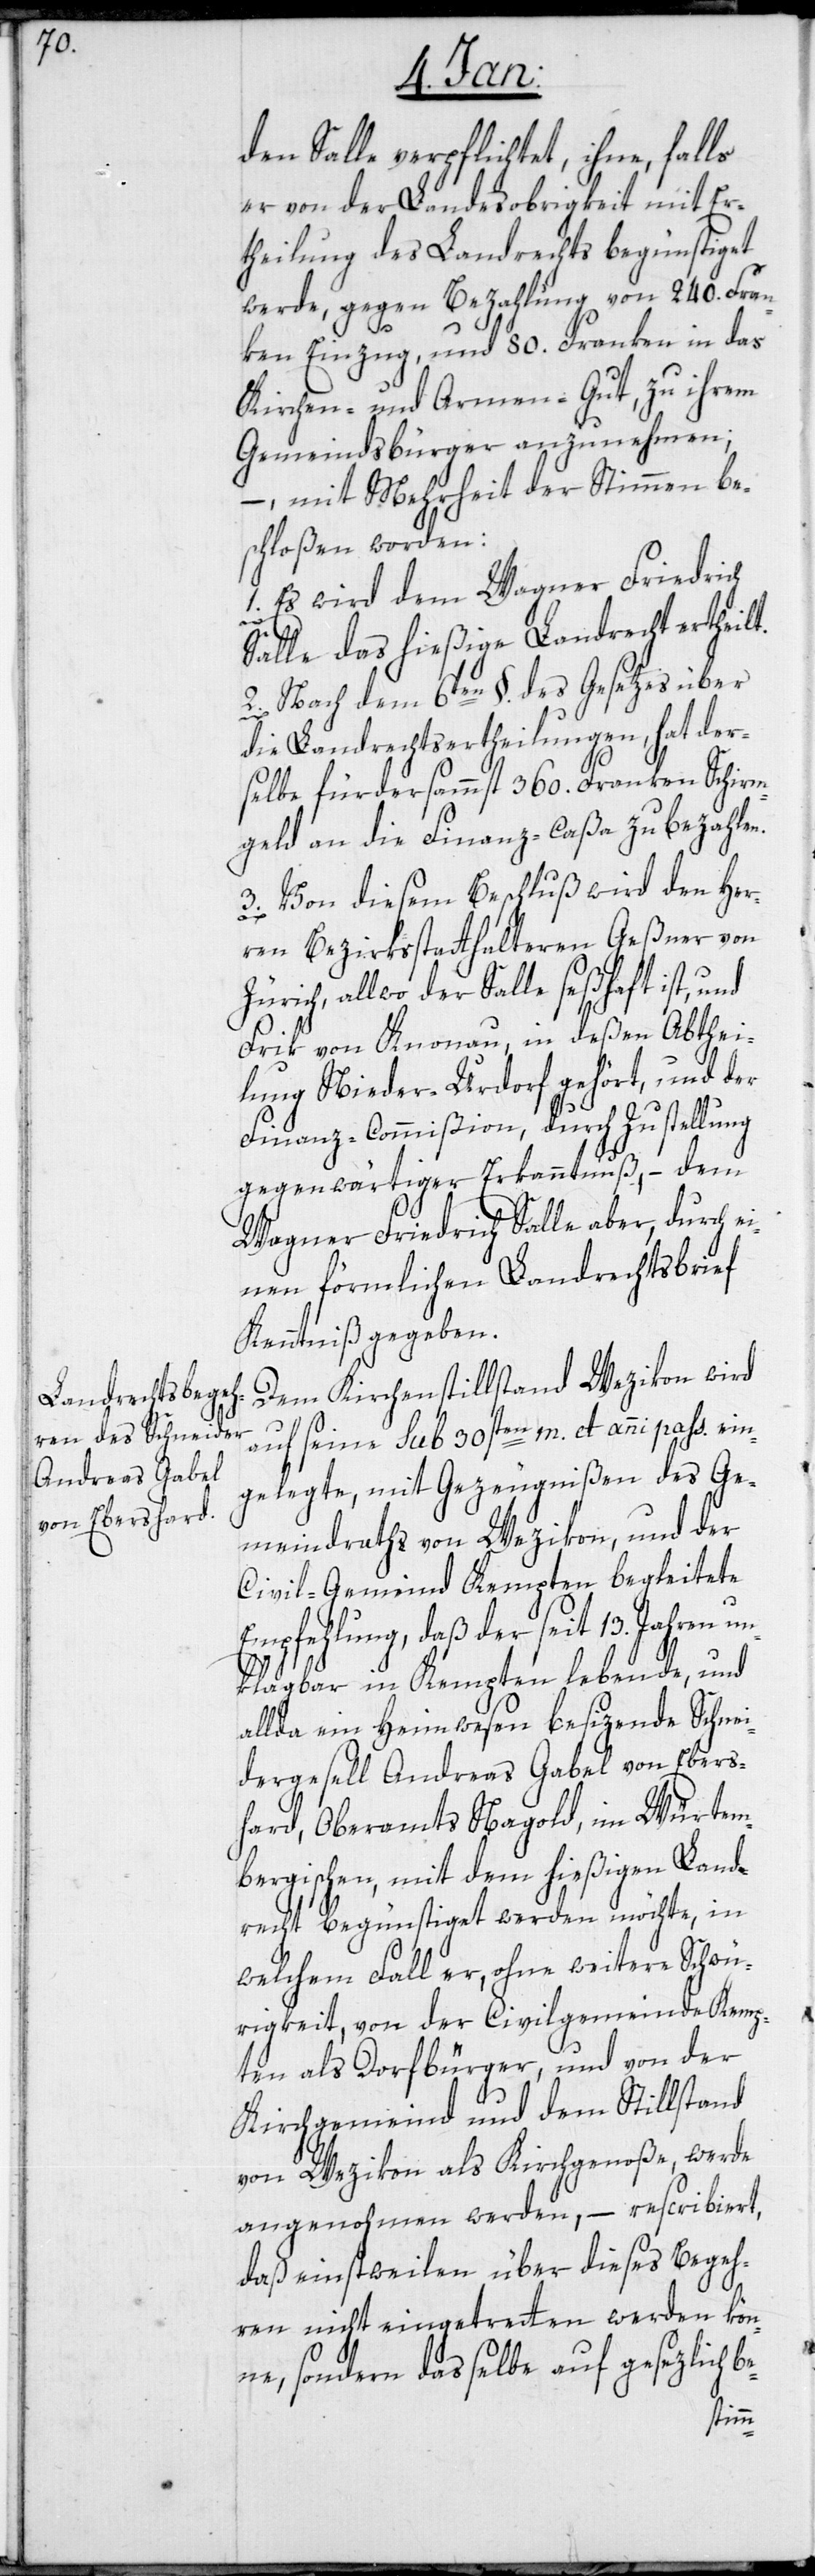
den Salle verpflichtet, ihne, falls
er von der Landesobrigkeit mit Er¬
theilung des Landrechts begünstiget
werde, gegen Bezahlung von 240. Fran¬
ken Einzug, und 80. Franken in das
Kirchen- und Armen-Gut, zu ihrem
Gemeindsbürger anzunehmen;
– mit Mehrheit der Stimmen be¬
schloßen worden:
1) Es wird dem Wagner Friedrich
Salle das hießige Landrecht ertheilt.
2) Nach dem 6ten §. des Gesetzes über
die Landrechtsertheilungen, hat der¬
selbe fürdersammst 360. Franken Schirm¬
geld an die Finanz-Caßa zu bezahlen.
3) Von diesem Beschluß wird den Her¬
ren Bezirksstatthalteren Geßner von
Zürich, allwo der Salle seßhaft ist, und
Frik von Knonau, in deßen Abthei¬
lung Nieder-Urdorf gehört, und der
Finanz-Commißion, durch Zustellung
gegenwärtiger Erkanntnuß, – dem
Wagner Friedrich Salle aber, durch e¬
inen förmlichen Landrechtsbrief
Kenntniß gegeben.
Dem Kirchenstillstand Wezikon wird
auf seine sub 30sten m. et. anni. paß. ein¬
gelegte, mit Gezeugnißen des Ge¬
meindraths von Wezikon, und der
Civil-Gemeind Kempten begleitete
Empfehlung, daß der seit 13. Jahren un¬
klagbar in Kempten lebende, und
allda ein Heimwesen besizende Schnei¬
dergesell Andreas Gabel von Ebers¬
hard, Oberamts Nagold im Würtem¬
bergischen, mit dem hießigen Land¬
recht begünstiget werden möchte, in
welchem Fall er, ohne weitere Schwü¬
rigkeit, von der Civilgemeinde Kemp¬
ten als Dorfbürger, und von der
Kirchgemeind und dem Stillstand
von Wezikon als Kirchgenoße, werde
angenohmen werden, – rescribiert,
daß einstweilen über dieses Begeh¬
ren nicht eingetretten werden kön¬
ne, sondern dasselbe auf gesezlich